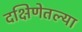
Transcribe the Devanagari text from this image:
दक्षिणेतल्या